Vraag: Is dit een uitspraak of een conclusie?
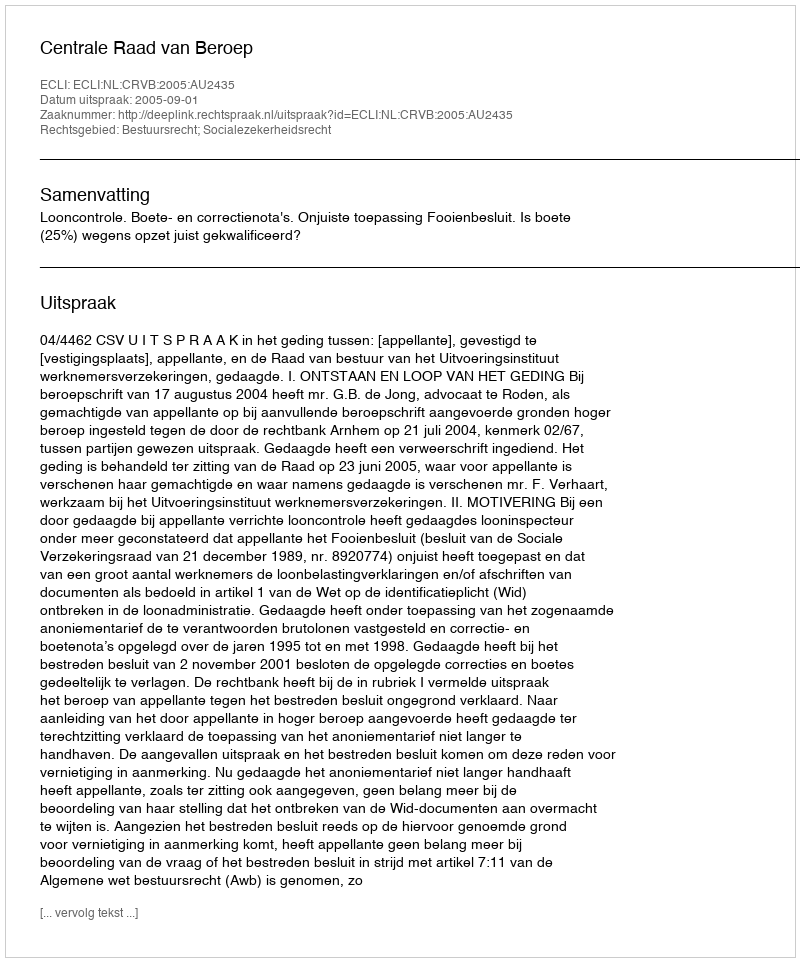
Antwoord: Uitspraak